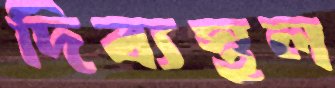
দিব্যস্থল